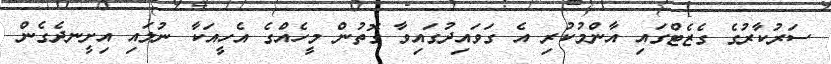
ސަރުކާރުގެ ގެޒެޓްގައި އާންމުކުރި އެ ގަވައިދުގައިވާ ގޮތުން މީހެއްގެ އެހީއަކާ ނުލައި އިށީނދެގެން